Indian journal of veterinary science and animal husbandry - Volume 13,
Year: 1943
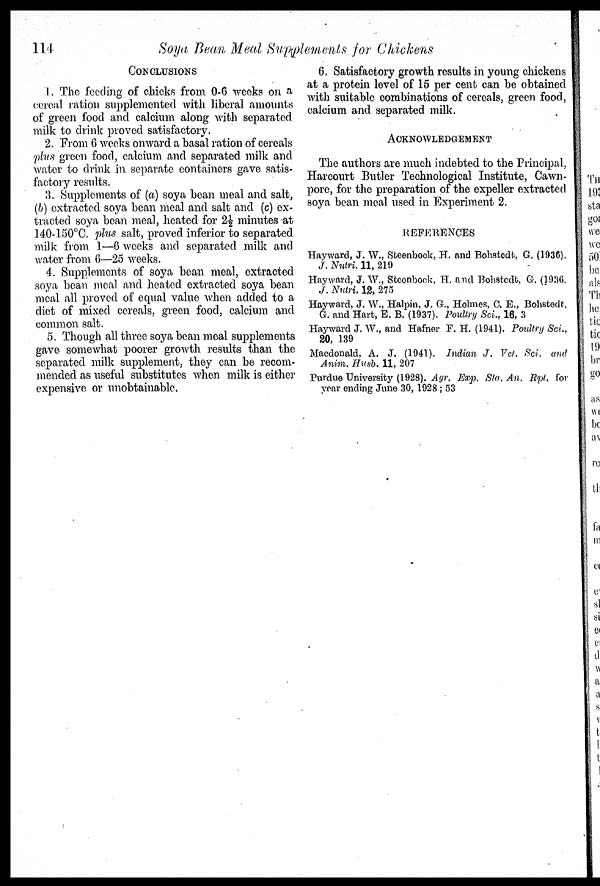
114
Soya Bean Meal Supplements for Chickens
CONCLUSIONS
1. The feeding of chicks from 0-6 weeks on a
cereal ration supplemented with liberal, amounts
of green food and calcium along with separated
milk to drink proved satisfactory.
2. From 6 weeks onward a basal ration of cereals
plus green food, calcium and separated, milk and
water to drink in separate containers gave satis-
factory results.
3. Supplements of (a) soya bean meal and salt,
(b) extracted soya bean meal and salt and (c) ex-
tracted soya bean meal, heated for 2½ minutes at
140-150°C. plus salt, proved inferior to separated
milk from 1—6 weeks and separated milk and
water from 6—25 weeks.
4. Supplements of soya bean meal, extracted
soya bean meal and heated extracted soya bean
meal all proved of equal value when added to a
diet of mixed cereals, green food, calcium and
common salt.
5. Though all three soya bean meal supplements
gave somewhat poorer growth results than the
separated milk supplement, they can be recom-
mended as useful substitutes when milk is either
expensive or unobtainable,
6. Satisfactory growth results in young chickens
at a protein level of 15 per cent can be obtained
with suitable combinations of cereals, green food,
calcium and separated milk.
ACKNOWLEDGEMENT
The authors are much indebted to the Principal,
Harcourt Butler Technological Institute, Cawn-
pore, for the preparation of the expeller extracted
soya bean meal used in Experiment 2.
REFERENCES
Hayward, J. W., Steenbock, H. and Bohstedt. G. (1936).
J. Nutri. 11, 219
Hayward, J. W., Steenbock, H. and Bohstedt, G. (1936.
J. Nutri. 12, 275
Hayward, J. W., Halpin, J. G., Holmes, C. E., Bohstedt.
G. and Hart, E. B. (1937). Poultry Sci., 16, 3
Hayward J. W., and Hafner F. H. (1941). Poultry Sci.,
20, 139
Macdonald, A. J. (1941). Indian J. Vet. Sci. and
Anim. Husb. 11, 207
Purdue University (1928). Agr. Exp. Sta. An. Rpt. for
year ending June 30, 1928 ; 53